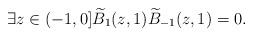
LaTeX: \begin{align*} \exists z\in(-1,0] \widetilde{B}_{1}(z,1) \widetilde{B}_{-1}(z,1)=0.\end{align*}